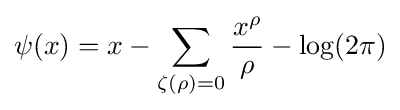
\psi (x)=x-\sum _{\zeta (\rho )=0}{\frac {x^{\rho }}{\rho }}-\log(2\pi )